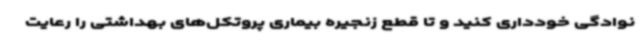
نوادگی خودداری کنید و تا قطع زنجیره بیماری پروتکل‌های بهداشتی را رعایت